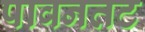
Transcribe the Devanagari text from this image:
पावनतट